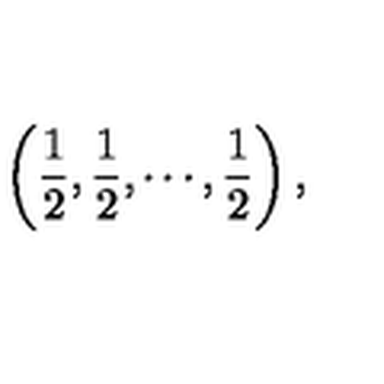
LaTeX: \left( \frac 1 2 , \frac 1 2 , \cdots , \frac 1 2 \right) ,